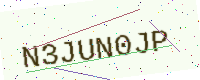
Text: N3JUN0JP